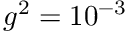
g ^ { 2 } = 1 0 ^ { - 3 }